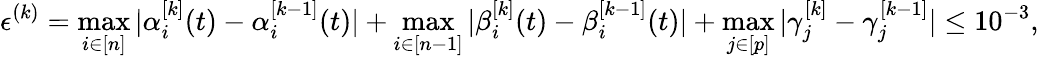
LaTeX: \epsilon^{(k)}=\operatorname*{max}_{i\in[n]}|\alpha_{i}^{[k]}(t)-\alpha_{i}^{[k-1]}(t)|+\operatorname*{max}_{i\in[n-1]}|\beta_{i}^{[k]}(t)-\beta_{i}^{[k-1]}(t)|+\operatorname*{max}_{j\in[p]}|\gamma_{j}^{[k]}-\gamma_{j}^{[k-1]}|\le 10^{-3},